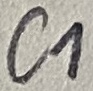
Text: C1